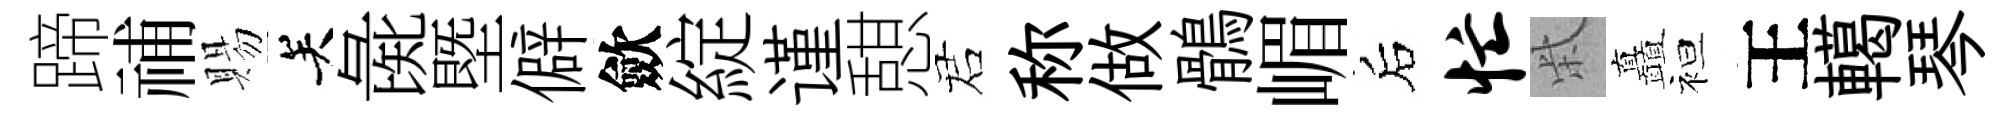
蹄𥙷賜关彘塈僻歛綻谨憇诺称做鶻嵋后忙柴矗袒王轕琴